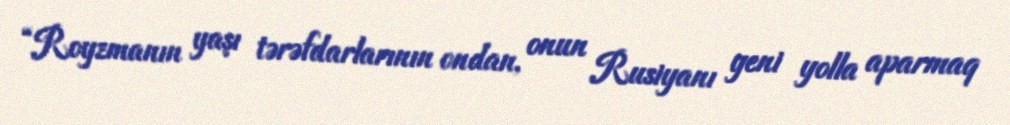
“Royzmanın yaşı tərəfdarlarının ondan, onun Rusiyanı yeni yolla aparmaq